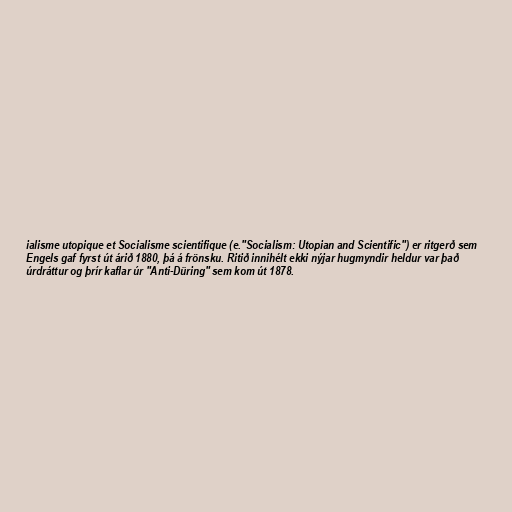
ialisme utopique et Socialisme scientifique (e."Socialism: Utopian and Scientific") er ritgerð sem
Engels gaf fyrst út árið 1880, þá á frönsku. Ritið innihélt ekki nýjar hugmyndir heldur var það
úrdráttur og þrír kaflar úr "Anti-Düring" sem kom út 1878.